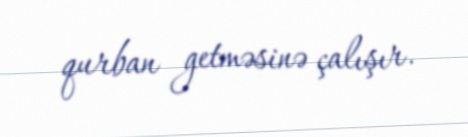
qurban getməsinə çalışır.